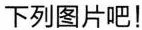
下列图片吧!